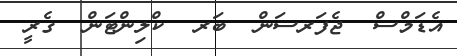
އެޑަމްސް  ޖެފަރސަން  ބަރ  ކްލިންޓަން  ގެރީ